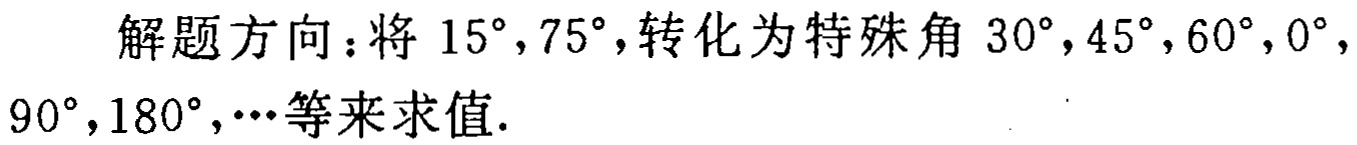
解题方向：将 \(15^{\circ},75^{\circ}\)，转化为特殊角 \(30^{\circ},45^{\circ},60^{\circ},0^{\circ},90^{\circ},180^{\circ},\cdots\) 等来求值.